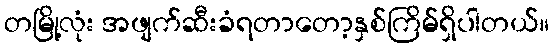
တမြို့လုံး အဖျက်ဆီးခံရတာတော့နှစ်ကြိမ်ရှိပါတယ်။